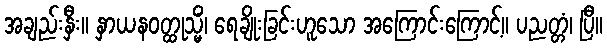
အချည်းနှီး။ နှာယနဝတ္ထုသ္မိံ၊ ရေချိုးခြင်းဟူသော အကြောင်းကြောင့်။ ပညတ္တံ၊ ပြီ။